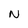
Character: N